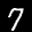
Label: 7